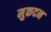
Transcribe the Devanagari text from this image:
मुकदन